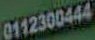
0112300444